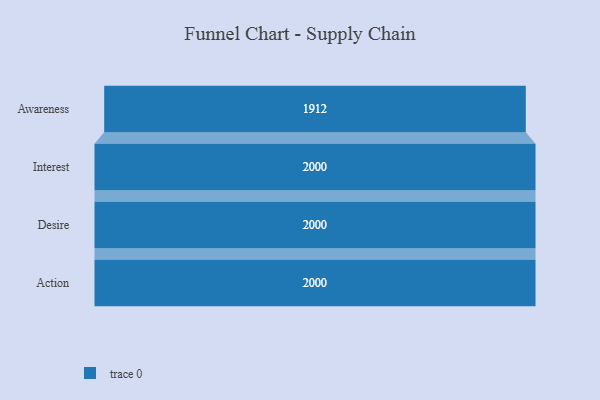
{"axis": {"x": "Stage", "y": "Value"}, "legend": [""], "data": [{"x": "Awareness", "y": 1912.0, "type": ""}, {"x": "Interest", "y": 2000, "type": ""}, {"x": "Desire", "y": 2000, "type": ""}, {"x": "Action", "y": 2000, "type": ""}]}